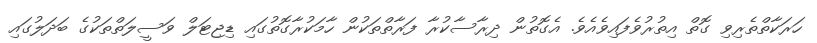
ހަރަކާތްތެރިވި ގޮތް އިތުރުވެފައިވެއެވެ. އެގޮތުން ދިރާސާކުރާ ފަރާތްތަކުން ހާމަކުރާގޮތުގައި ޑިޖިޓަލް ވަސީލަތްތަކުގެ ބަދަލުގައި